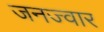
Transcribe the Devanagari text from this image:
जनज्वार